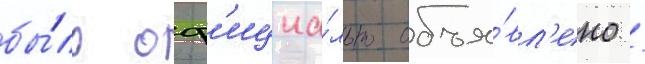
бы́ло оф'ициа́льно объя́вл'ено /